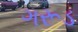
ગરૂડ